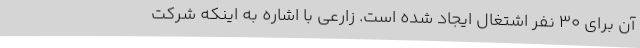
آن برای 30 نفر اشتغال ایجاد شده است. زارعی با اشاره به اینکه شرکت